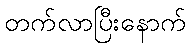
တက်လာပြီးနောက်